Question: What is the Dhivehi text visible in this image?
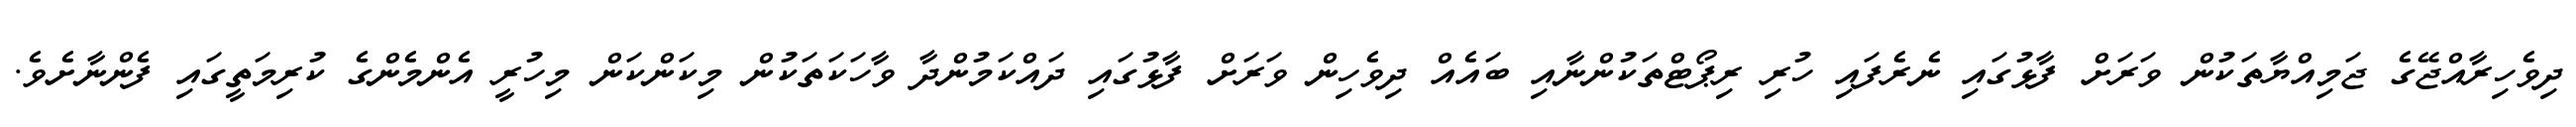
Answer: ދިވެހިރާއްޖޭގެ ޖަމިއްޔާތަކުން ވަރަށް ފާޅުގައި ނެރެފައި ހުރި ރިޕޯޓްތަކުންނާއި ބައެއް ދިވެހިން ވަރަށް ފާޅުގައި ދައްކަމުންދާ ވާހަކަތަކުން މިކަންކަން މިހުރީ އެންމެންގެ ކުރިމަތީގައި ފެންނާށެވެ.